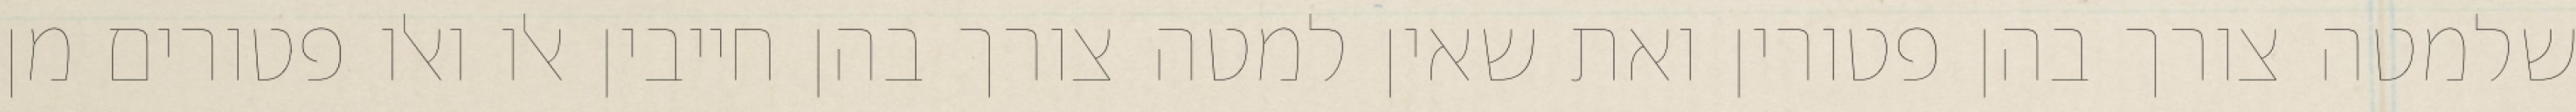
שלמטה צורך בהן פטורין ואת שאין למטה צורך בהן חייבין אלו ואלו פטורים מן